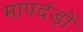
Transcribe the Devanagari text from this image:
मापदंड़ों